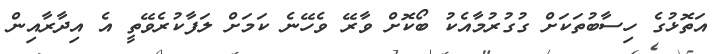
އަތޮޅުގެ ހިސާބުތަކަށް ގުގުރުމާއެކު ބޯކޮށް ވާރޭ ވެހޭނެ ކަމަށް ލަފާކުރެވޭތީ އެ އިދާރާއިން